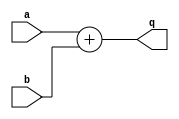
module add #(
    parameter bits = 16
) (
    input [bits-1:0] a, b,
    output [bits-1:0] q
);
    assign q = a + b;
endmodule